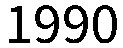
1990